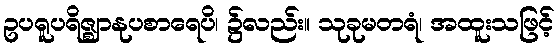
ဥပရူပရိဇ္ဈာနုပစာရေပိ၊ ၌လည်း။ သုခုမတရံ၊ အထူးသဖြင့်